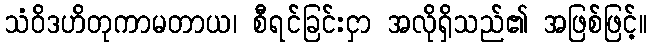
သံဝိဒဟိတုကာမတာယ၊ စီရင်ခြင်းငှာ အလိုရှိသည်၏ အဖြစ်ဖြင့်။